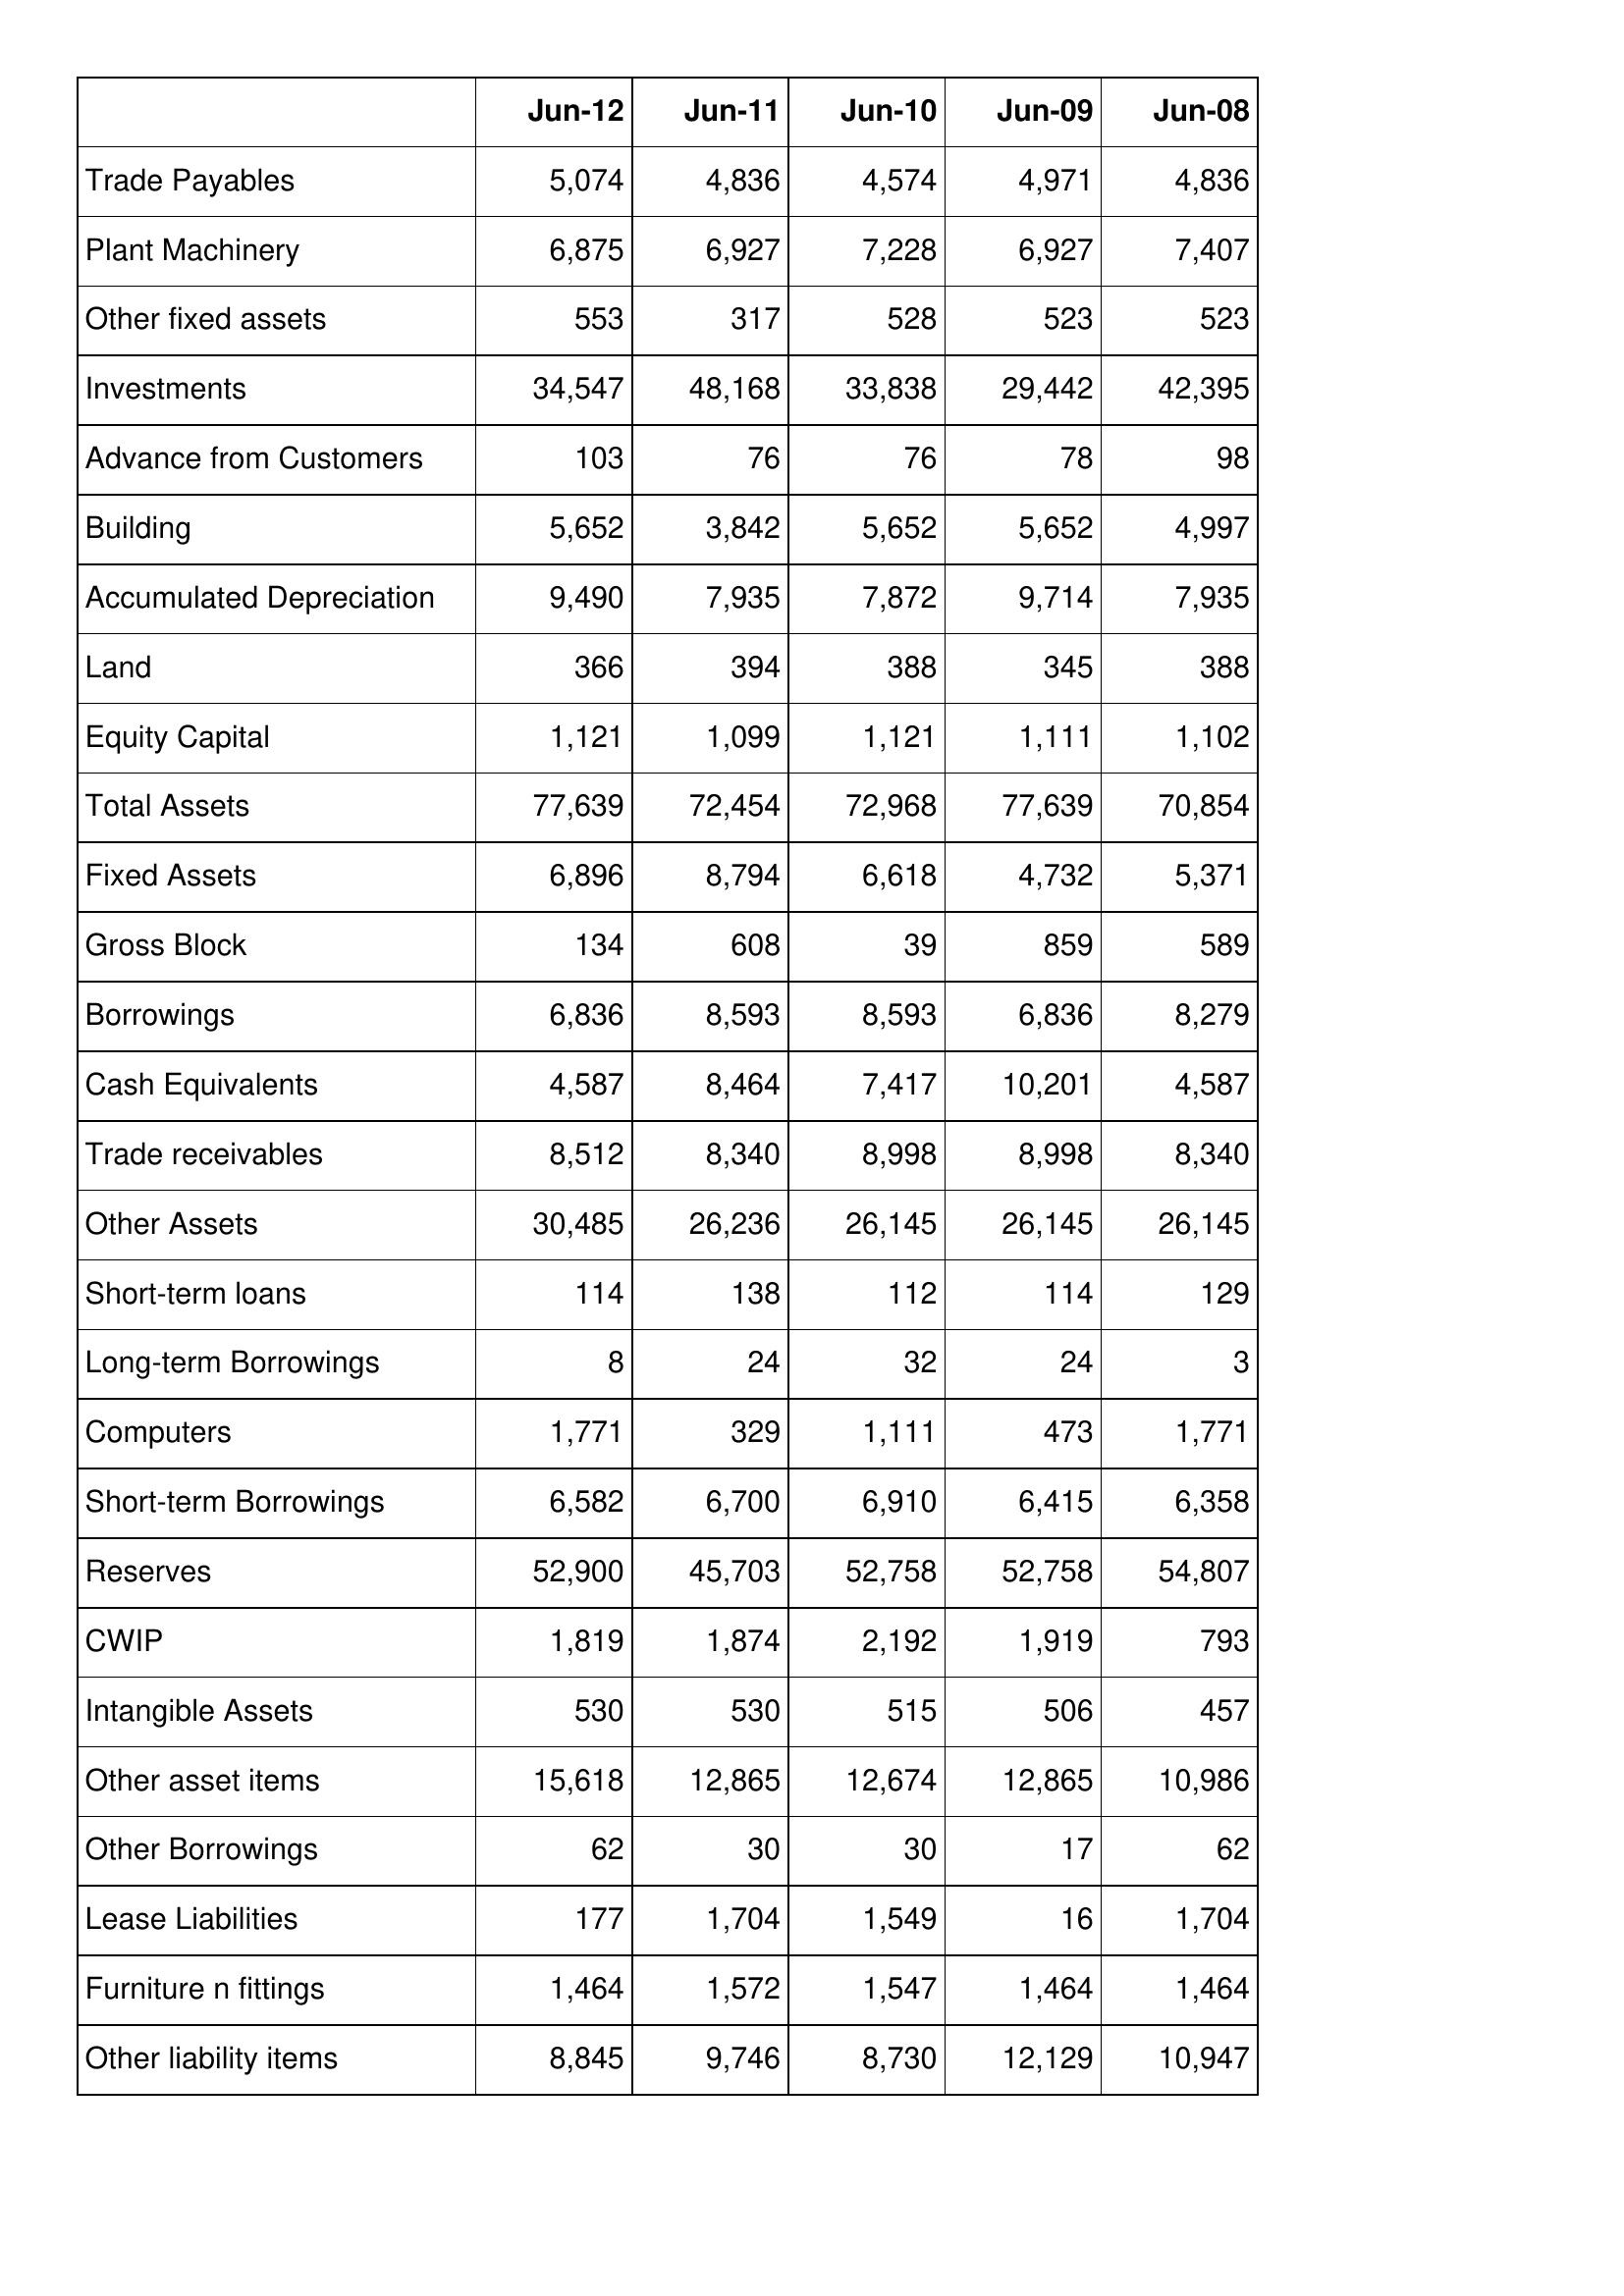
Jun-12: Balance Sheet: Trade Payables: 5,074
Plant Machinery: 6,875
Other fixed assets: 553
Investments: 34,547
Advance from Customers: 103
Building: 5,652
Accumulated Depreciation: 9,490
Land: 366
Equity Capital: 1,121
Total Assets: 77,639
Fixed Assets: 6,896
Gross Block: 134
Borrowings: 6,836
Cash Equivalents: 4,587
Trade receivables: 8,512
Other Assets: 30,485
Short-term loans: 114
Long-term Borrowings: 8
Computers: 1,771
Short-term Borrowings: 6,582
Reserves: 52,900
CWIP: 1,819
Intangible Assets: 530
Other asset items: 15,618
Other Borrowings: 62
Lease Liabilities: 177
Furniture n fittings: 1,464
Other liability items: 8,845
Jun-11: Balance Sheet: Trade Payables: 4,836
Plant Machinery: 6,927
Other fixed assets: 317
Investments: 48,168
Advance from Customers: 76
Building: 3,842
Accumulated Depreciation: 7,935
Land: 394
Equity Capital: 1,099
Total Assets: 72,454
Fixed Assets: 8,794
Gross Block: 608
Borrowings: 8,593
Cash Equivalents: 8,464
Trade receivables: 8,340
Other Assets: 26,236
Short-term loans: 138
Long-term Borrowings: 24
Computers: 329
Short-term Borrowings: 6,700
Reserves: 45,703
CWIP: 1,874
Intangible Assets: 530
Other asset items: 12,865
Other Borrowings: 30
Lease Liabilities: 1,704
Furniture n fittings: 1,572
Other liability items: 9,746
Jun-10: Balance Sheet: Trade Payables: 4,574
Plant Machinery: 7,228
Other fixed assets: 528
Investments: 33,838
Advance from Customers: 76
Building: 5,652
Accumulated Depreciation: 7,872
Land: 388
Equity Capital: 1,121
Total Assets: 72,968
Fixed Assets: 6,618
Gross Block: 39
Borrowings: 8,593
Cash Equivalents: 7,417
Trade receivables: 8,998
Other Assets: 26,145
Short-term loans: 112
Long-term Borrowings: 32
Computers: 1,111
Short-term Borrowings: 6,910
Reserves: 52,758
CWIP: 2,192
Intangible Assets: 515
Other asset items: 12,674
Other Borrowings: 30
Lease Liabilities: 1,549
Furniture n fittings: 1,547
Other liability items: 8,730
Jun-09: Balance Sheet: Trade Payables: 4,971
Plant Machinery: 6,927
Other fixed assets: 523
Investments: 29,442
Advance from Customers: 78
Building: 5,652
Accumulated Depreciation: 9,714
Land: 345
Equity Capital: 1,111
Total Assets: 77,639
Fixed Assets: 4,732
Gross Block: 859
Borrowings: 6,836
Cash Equivalents: 10,201
Trade receivables: 8,998
Other Assets: 26,145
Short-term loans: 114
Long-term Borrowings: 24
Computers: 473
Short-term Borrowings: 6,415
Reserves: 52,758
CWIP: 1,919
Intangible Assets: 506
Other asset items: 12,865
Other Borrowings: 17
Lease Liabilities: 16
Furniture n fittings: 1,464
Other liability items: 12,129
Jun-08: Balance Sheet: Trade Payables: 4,836
Plant Machinery: 7,407
Other fixed assets: 523
Investments: 42,395
Advance from Customers: 98
Building: 4,997
Accumulated Depreciation: 7,935
Land: 388
Equity Capital: 1,102
Total Assets: 70,854
Fixed Assets: 5,371
Gross Block: 589
Borrowings: 8,279
Cash Equivalents: 4,587
Trade receivables: 8,340
Other Assets: 26,145
Short-term loans: 129
Long-term Borrowings: 3
Computers: 1,771
Short-term Borrowings: 6,358
Reserves: 54,807
CWIP: 793
Intangible Assets: 457
Other asset items: 10,986
Other Borrowings: 62
Lease Liabilities: 1,704
Furniture n fittings: 1,464
Other liability items: 10,947